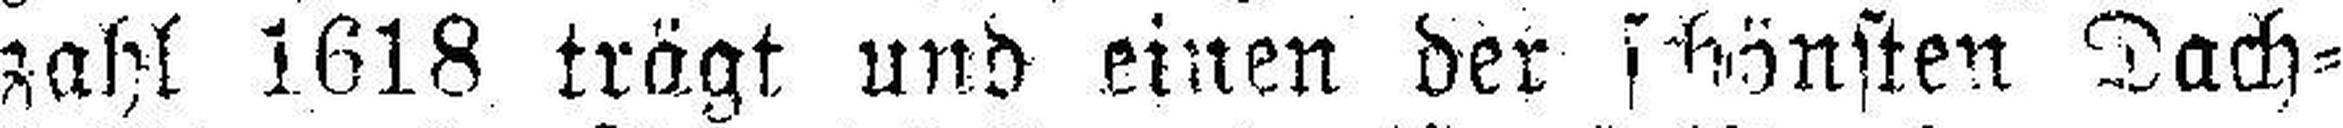
zahl 1618 trägt und einen der schönsten Dach¬